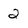
Character: 2